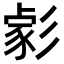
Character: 𢒪